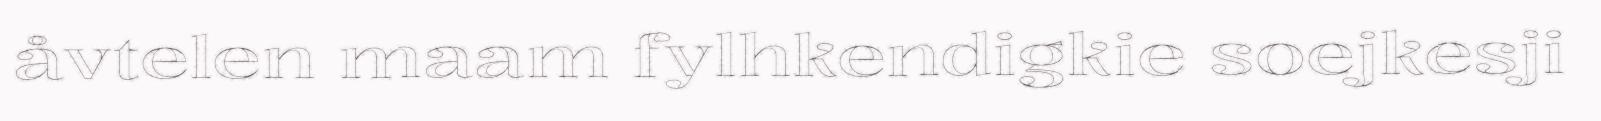
åvtelen maam fylhkendigkie soejkesji